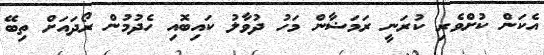
އެކަން ކުށްވެރި ކުރަނީ ރަމަޟާން މަހު ދުވާލު ކައިބޮއި ހެދުމުން ރޯދައަށް ތިބޭ